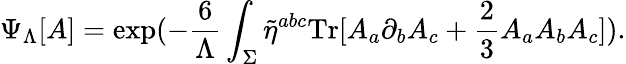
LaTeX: \Psi_{\Lambda}[A]=\mathrm{exp}(-\frac{6}{\Lambda}\int_{\Sigma}\tilde{\eta}^{abc}\mathrm{Tr}[A_{a}\partial_{b}A_{c}+\frac{2}{3}A_{a}A_{b}A_{c}]).